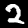
Digit: 2